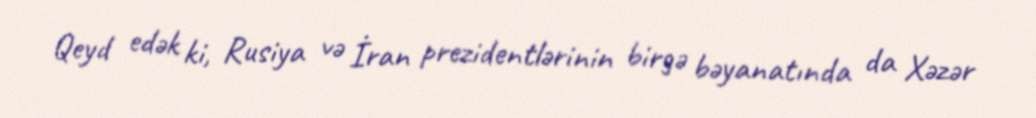
Qeyd edək ki, Rusiya və İran prezidentlərinin birgə bəyanatında da Xəzər